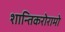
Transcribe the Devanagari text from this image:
शान्तिकरोरामो